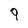
Character: 9